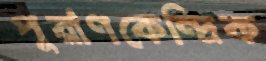
পুরাণকেন্দ্রিক